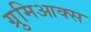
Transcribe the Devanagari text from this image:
ग्रुमिआक्स